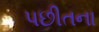
પછીતના